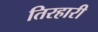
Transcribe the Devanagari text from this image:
तिरहारी